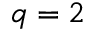
q = 2